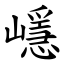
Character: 嶾